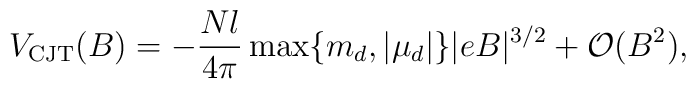
V_{\rm CJT}(B)= -\frac{N l}{4\pi}\max\{m_d, |\mu_d|\}|eB|^{3/2}+{\cal O}(B^2),